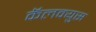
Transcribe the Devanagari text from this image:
कॅलक्युस